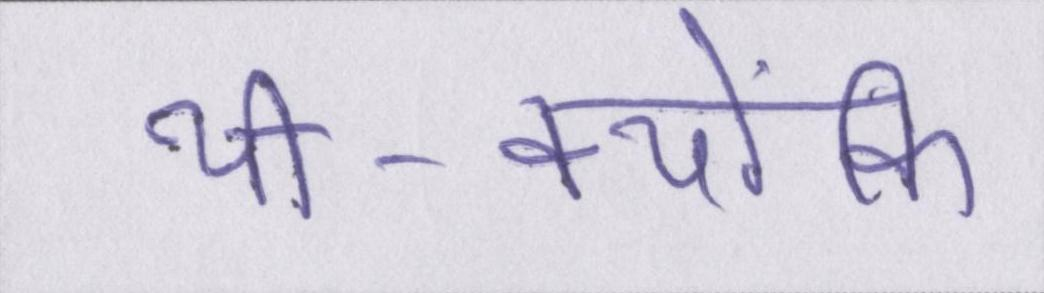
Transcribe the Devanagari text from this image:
थी-क्योंकि